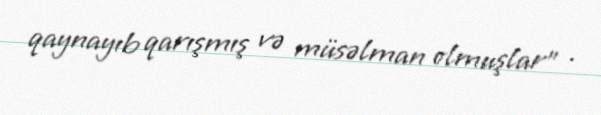
qaynayıb qarışmış və müsəlman olmuşlar" .